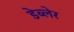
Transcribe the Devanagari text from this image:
डेब्लेर